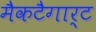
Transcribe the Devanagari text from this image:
मैकटैगार्ट